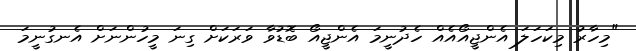
"މިހާރު މިކަހަލަ އެންޖީއޯއެއް ހެދުނީމަ އެންޖީއޯ ބޮޑުވާ ވަރަކަށް ގިނަ މީހުންނަށް އެނގުނީމަ